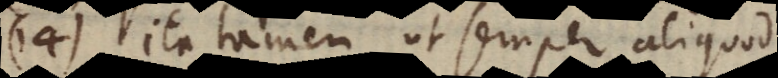
14) ita tamen ut semper aliquod